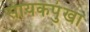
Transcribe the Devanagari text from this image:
सायकपुंखा